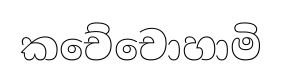
කචේචොහාමි